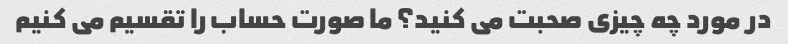
در مورد چه چیزی صحبت می کنید؟ ما صورت حساب را تقسیم می کنیم